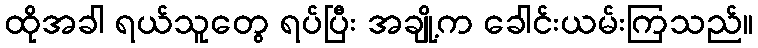
ထိုအခါ ရယ်သူတွေ ရပ်ပြီး အချို့က ခေါင်းယမ်းကြသည်။